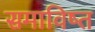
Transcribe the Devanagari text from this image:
समाविष्त